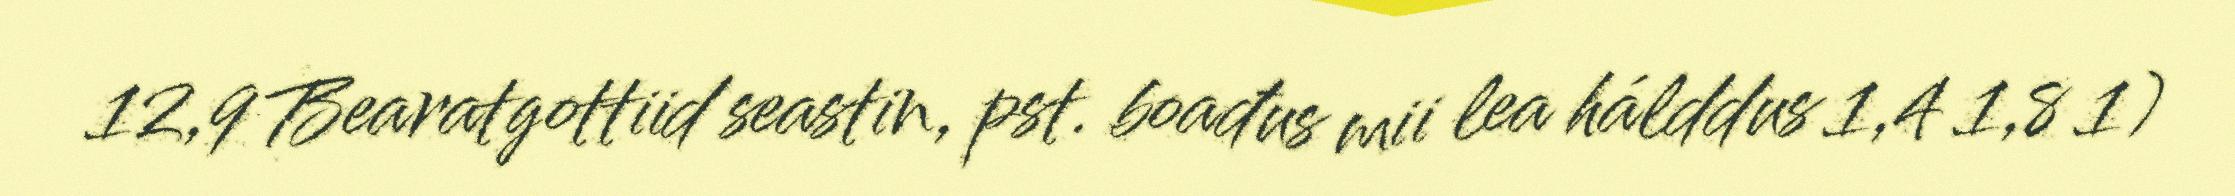
12,9 Bearatgottiid seastin, pst. boađus mii lea hálddus 1,4 1,8 1)